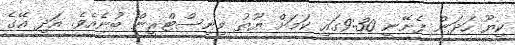
ކިޔޫ ހަދަން ފެށޭނީ 9:30ގައި ކަމަށް ޔޫތު މިނިސްޓްރީން ބުނެއެވެ. އަދި އޭގެ